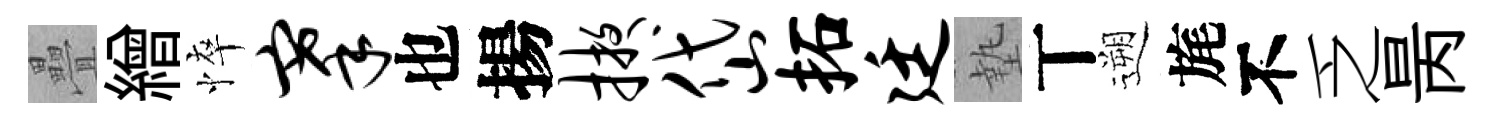
疊繒悴搴也揚掖岱拓廷墊丅遡旄不乏昺